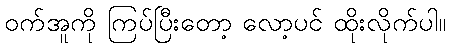
ဝက်အူကို ကြပ်ပြီးတော့ လော့ပင် ထိုးလိုက်ပါ။